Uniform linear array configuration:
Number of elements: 24
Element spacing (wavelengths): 0.25
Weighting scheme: blackman
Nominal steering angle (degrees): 45
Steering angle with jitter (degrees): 44.068
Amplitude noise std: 0.05
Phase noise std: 0.05

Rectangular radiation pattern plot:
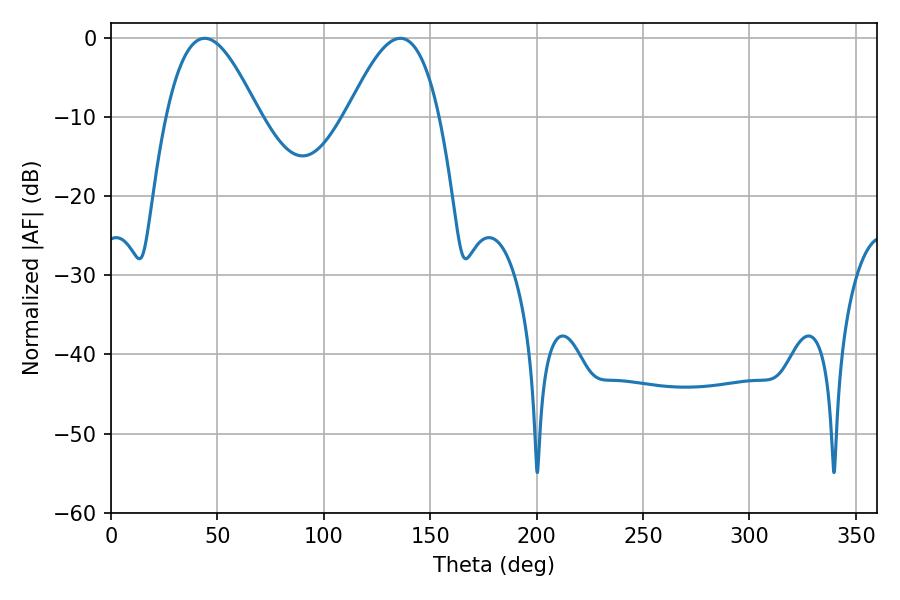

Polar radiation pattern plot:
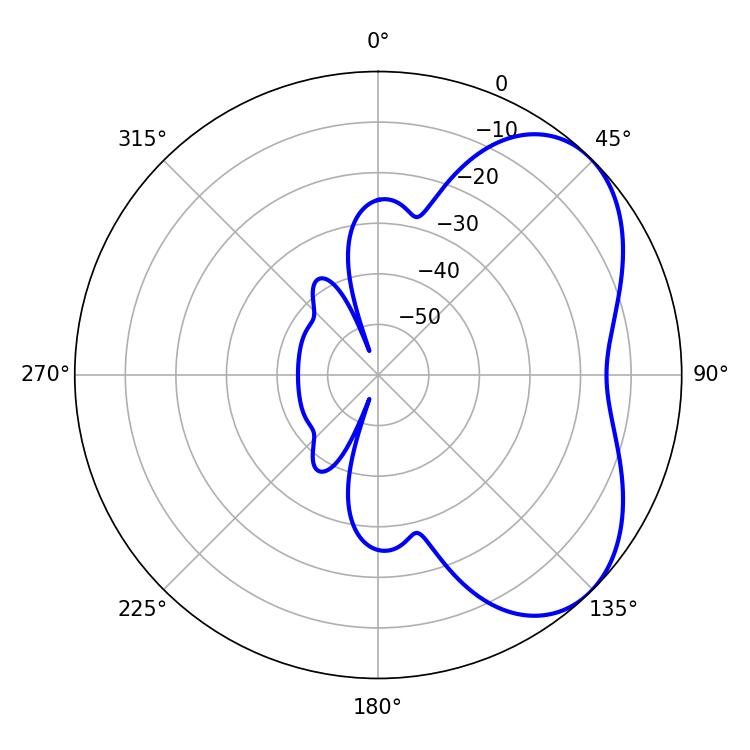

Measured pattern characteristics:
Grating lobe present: FALSE
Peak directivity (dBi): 4.831
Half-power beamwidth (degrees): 23.4
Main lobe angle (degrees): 44.1